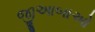
જીઆબાઓ